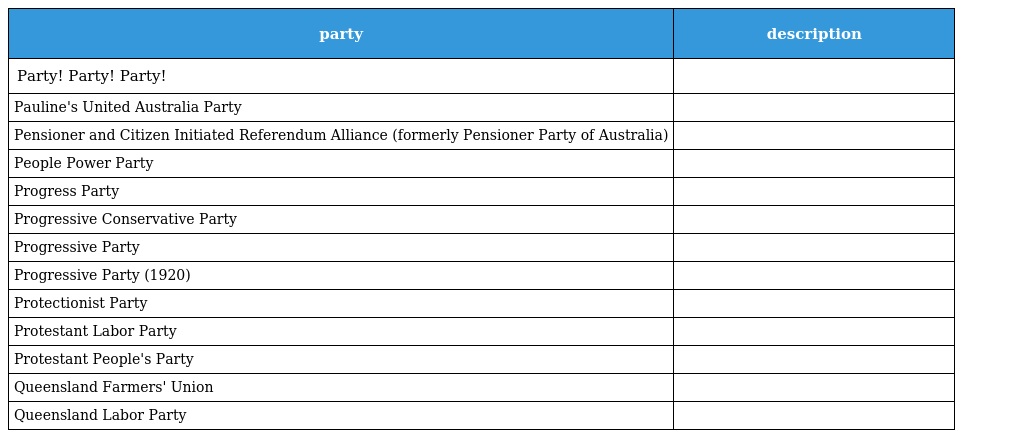
| party | description |
 | --- | --- |
 | Party! Party! Party! |  |
 | Pauline's United Australia Party |  |
 | Pensioner and Citizen Initiated Referendum Alliance (formerly Pensioner Party of Australia) |  |
 | People Power Party |  |
 | Progress Party |  |
 | Progressive Conservative Party |  |
 | Progressive Party |  |
 | Progressive Party (1920) |  |
 | Protectionist Party |  |
 | Protestant Labor Party |  |
 | Protestant People's Party |  |
 | Queensland Farmers' Union |  |
 | Queensland Labor Party |  |